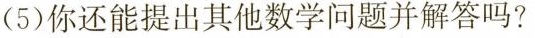
(5)你还能提出其他数学问题并解答吗?